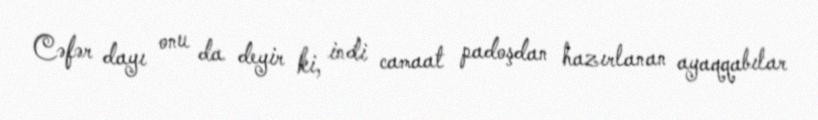
Cəfər dayı onu da deyir ki, indi camaat padoşdan hazırlanan ayaqqabılar